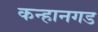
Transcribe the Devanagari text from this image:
कन्हानगड